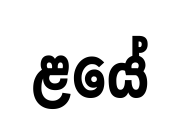
ළයේ